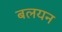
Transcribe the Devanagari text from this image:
बलयन